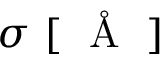
\sigma \, \, [ \mathrm { ~ { ~ \AA ~ } ~ } ]